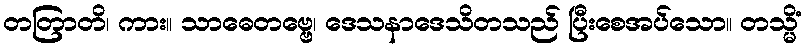
တတြာတိ၊ ကား။ သာဓေတဗ္ဗေ၊ ဒေသနာဒေသိတသည် ပြီးစေအပ်သော။ တသ္မိံ